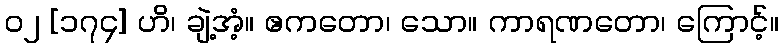
၀၂ [၁၇၄] ဟိ၊ ချဲ့အံ့။ ဧကတော၊ သော။ ကာရဏတော၊ ကြောင့်။